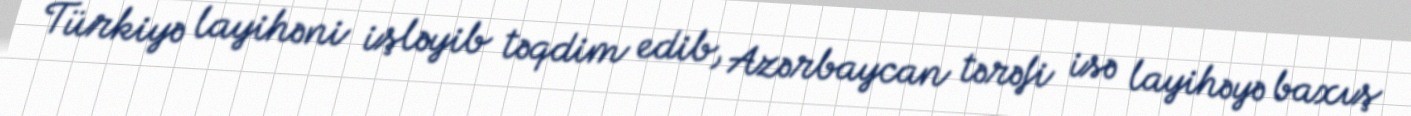
Türkiyə layihəni işləyib təqdim edib, Azərbaycan tərəfi isə layihəyə baxış